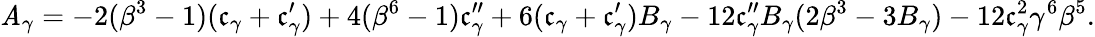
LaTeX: \mathit{A}_{\gamma}=-2(\beta^{3}-1)(\mathfrak{{c}}_{\gamma}+\mathfrak{{c}}_{\gamma}^{\prime})+4(\beta^{6}-1)\mathfrak{{c}}_{\gamma}^{\prime\prime}+6(\mathfrak{{c}}_{\gamma}+\mathfrak{{c}}_{\gamma}^{\prime})B_{\gamma}-12\mathfrak{{c}}_{\gamma}^{\prime\prime}B_{\gamma}(2\beta^{3}-3B_{\gamma})-12\mathfrak{{c}}_{\gamma}^{2}\gamma^{6}\beta^{5}.